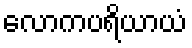
လောကပရိယာယံ